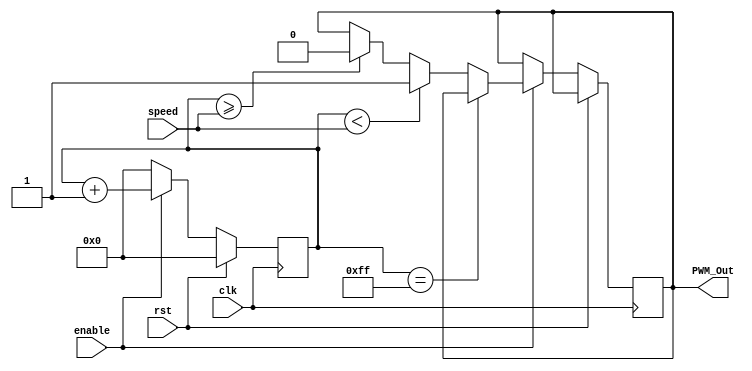
module PWM(clk,rst,speed,enable,PWM_Out); 
	parameter HIGH = 1'b1,
		  LOW  = 1'b0,
		  ZEROS = 8'b0,
		  FULL = 8'b11111111;

	input enable, clk, rst;
	input[7:0] speed;
	reg[7:0] counter = ZEROS;
	output reg PWM_Out;

	always@(posedge clk) begin
		if(rst == HIGH) begin
			counter <= ZEROS;
		end
		else if(enable == HIGH) begin
			if(counter == FULL) begin
				counter <= ZEROS;
			end
			else if(counter < speed) begin
				PWM_Out <= HIGH;
			end
			else if(counter >= speed) begin
				PWM_Out <= LOW;
			end
			else ;
			counter <= counter + 1;
		end
		else counter <= ZEROS;
	end
endmodule